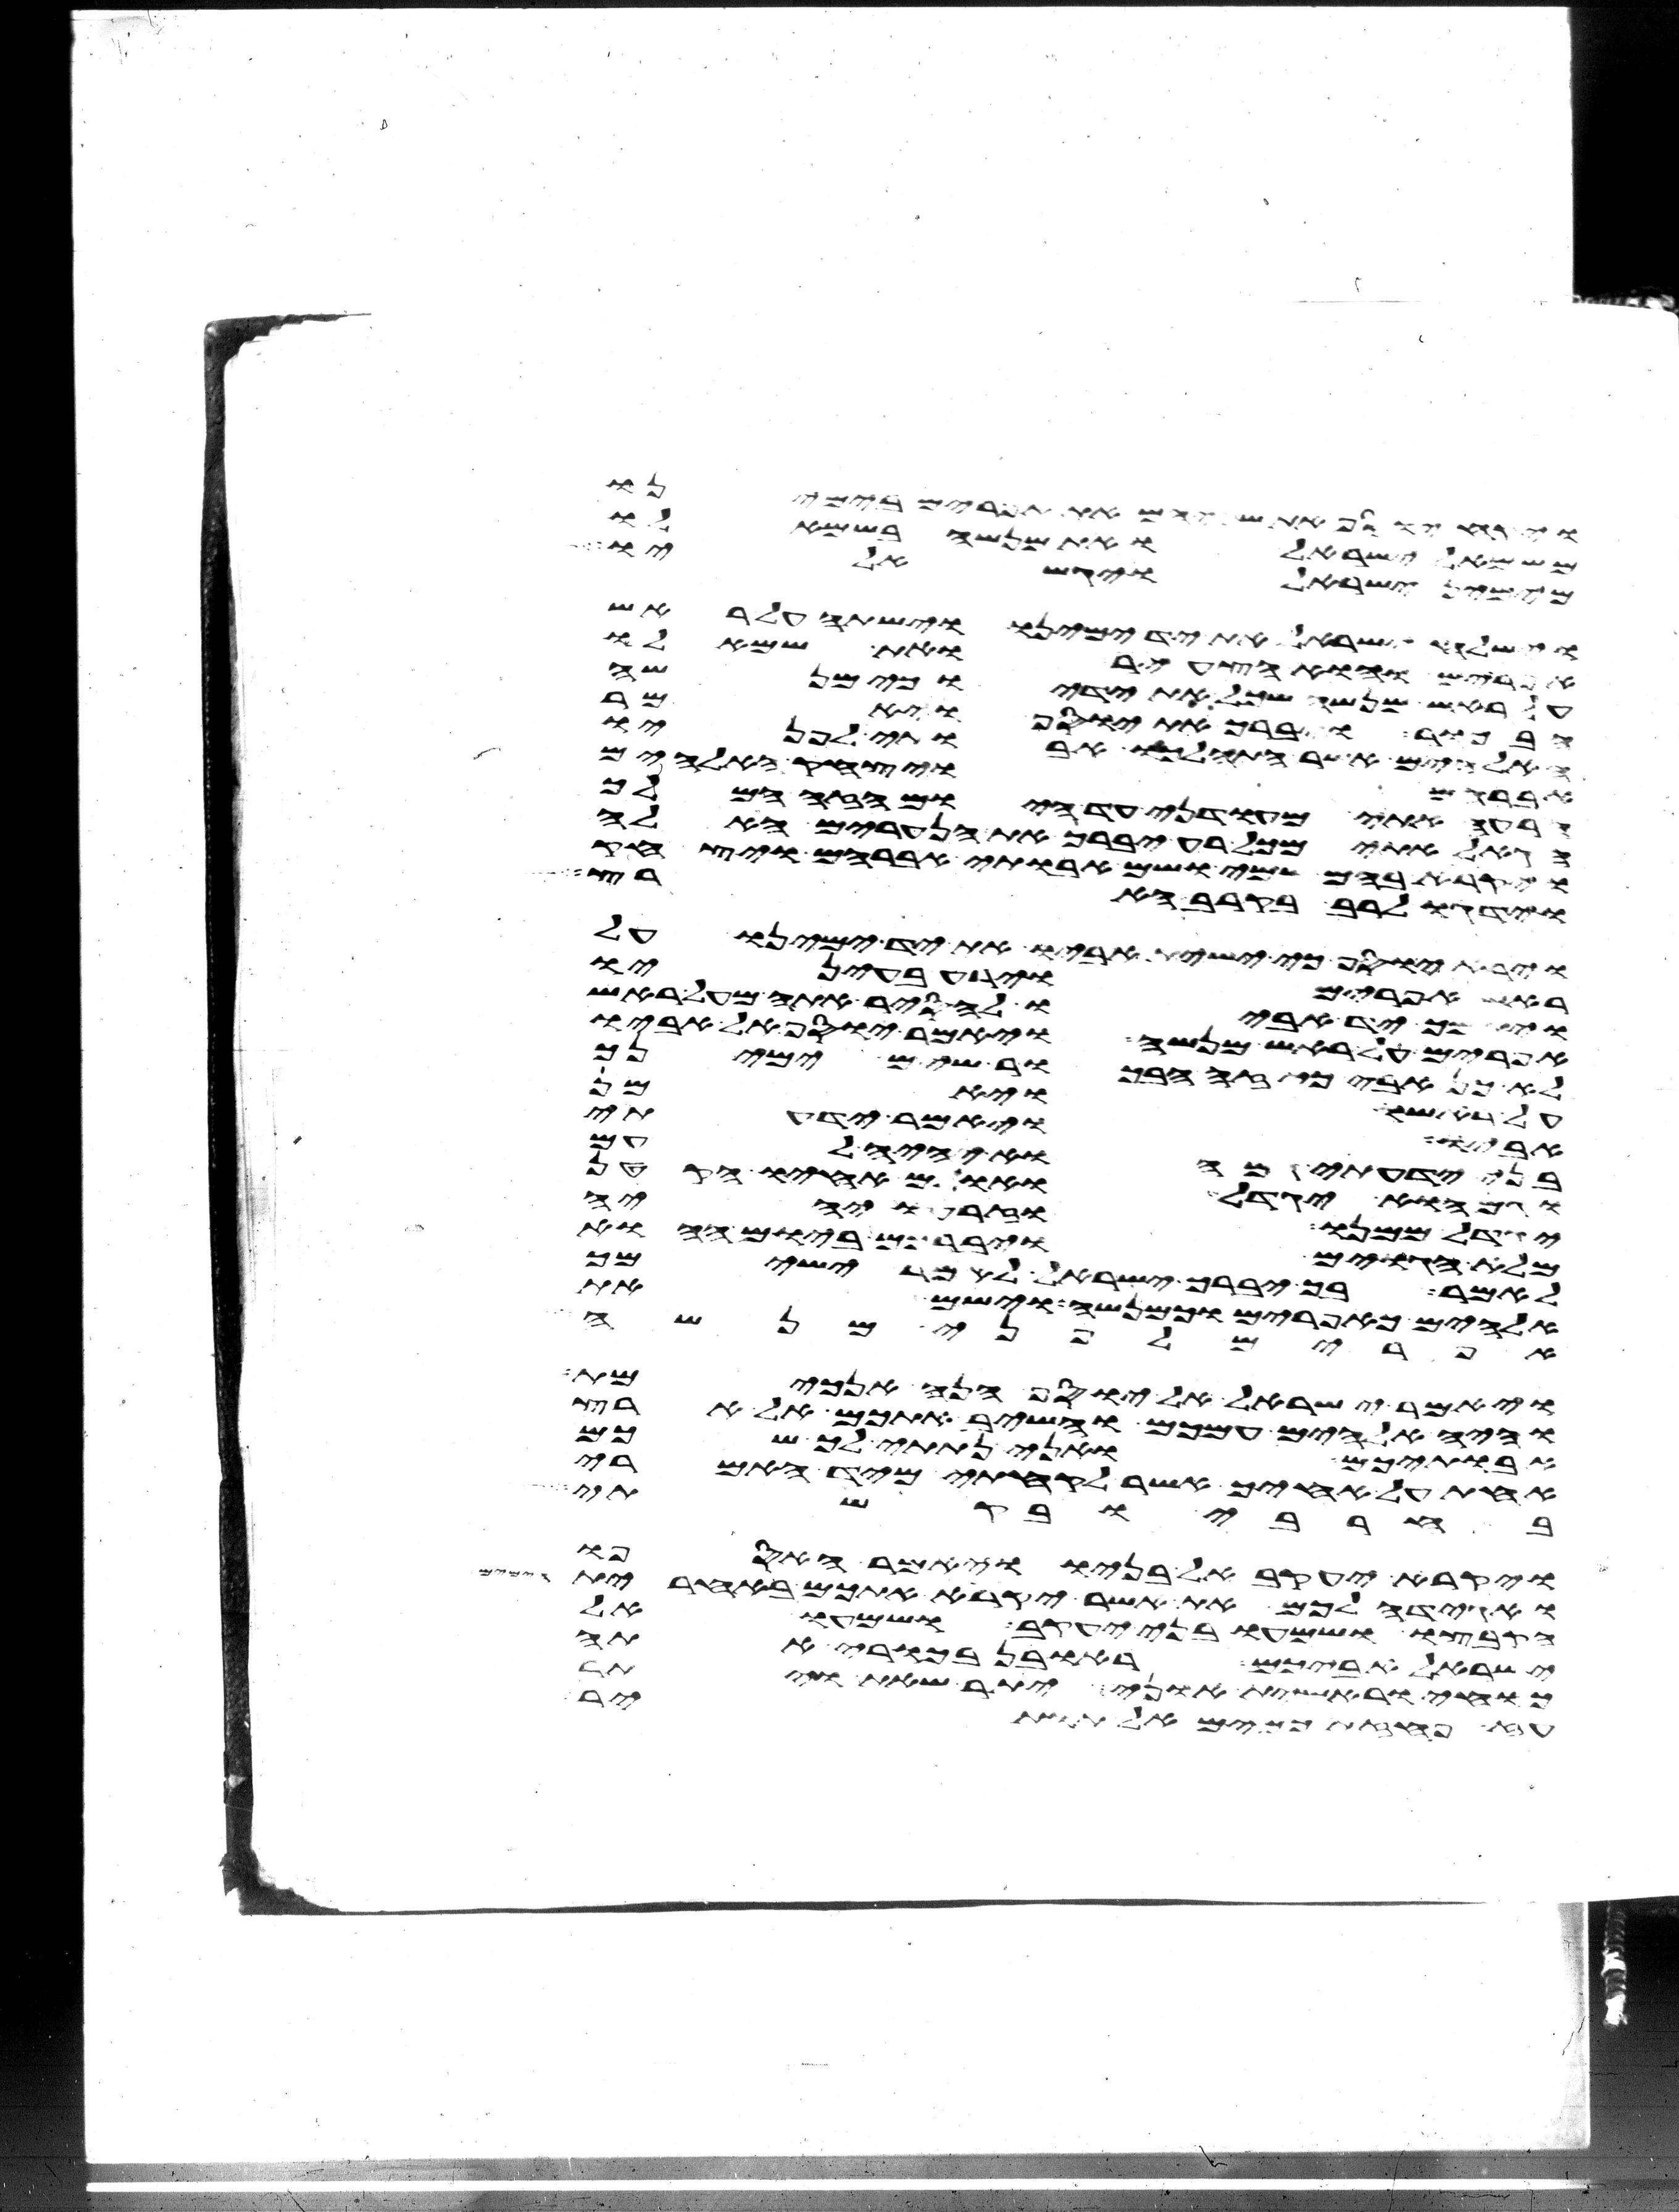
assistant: ויקח יוסף את שניהם את אפרים בימינו
משמאל ישראל ואת מנשה בשמאלו
מימין ישראל ויגש אליו
וישלח ישראל את יד ימינו וישתה על ראש
אפרים והוא הצעיר ואת שמאלו
על ראש מנשה שכל את ידיו כי מנשה
הבכור ויברך את יוסף ויאמר
האלהים אשר התהלכו אבותי לפניו
אברהם ויצחק האלהים
הרעה אתי מעודני עד היום הזה המלך
הגאל אתי מכל רע יברך את הנערים האלה
ויקרא בהם שמי ושם אבותי אברהם ויצחק
וידגו לרב בקרב הארץ
יוסף כי ישית אביו את יד ימינו על
ראש אפרים וירע בעיניו
ויתמך יד אביו להסיר אתה מעל ראש
אפרים על ראש מנשה ויאמר יוסף אל אביו
לא כן אבי כי זה הבכור שים ימינך
על אשתו ויאמר
ויאמר ידעתי
אל יוציאם מיד כתים
בני ידעתי גם הוא יהיה לעם
וגם הוא יגדל ואולם אחיו הקטן
יגדל ממנו וזרעו יהיה
מלא הגוים ויברכם ביום ההוא
לאמר בך יברך ישראל לאמר ישימך
אלהים כאפרים וכמנשה וישם את
אפרים לפני מנשה
ויאמר ישראל אל יוסף הנה אנכי מת
והיה אלהים עמכם והשיב אתכם אל ארץ
אבתיכם ואני נתתי לך שכם
אחת על אחיך אשר לקחתי מיד האמרי
בחרבי ובקשתי
ויקרא יעקב אל בניו ויאמר האספו
ואגידה לכם את אשר יקרא אתכם באחרית
הקבצו ושמעו בני יעקב ושמעו אל
ישראל אביכם ראובן בכורי אתה
כחי וראשית אוני יתר שאת ויתר
עז פחזת כמים אל תותיר